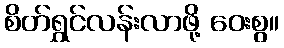
စိတ်ရွှင်လန်းလာဖို့ ဝေးစွ။